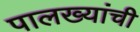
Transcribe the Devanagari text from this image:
पालख्यांची